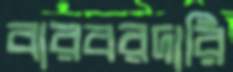
বারবরদারি